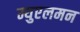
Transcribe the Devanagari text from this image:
म्युएलमन